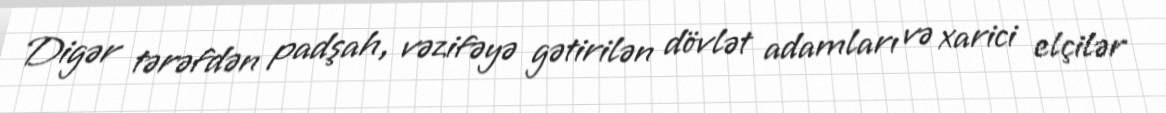
Digər tərəfdən padşah, vəzifəyə gətirilən dövlət adamları və xarici elçilər